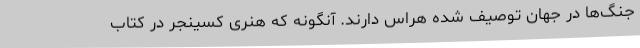
جنگ‌ها در جهان توصیف شده هراس دارند. آنگونه که هنری کسینجر در کتاب